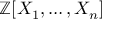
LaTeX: \mathbb { Z } [ X _ { 1 } , \ldots , X _ { n } ]